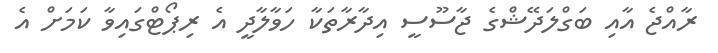
ރާއްޖެ އާއި ބަގްލަދޭޝްގެ ޖާސޫސީ އިދާރާތަކާ ހަވާލާދީ އެ ރިޕޯޓްގައިވާ ކަމަށް އެ